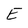
Character: E